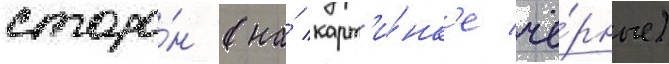
сторо́н (на́ карт'и́нк'е чё́рные)